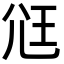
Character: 尩